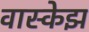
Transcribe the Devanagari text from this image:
वास्केझ